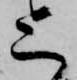
上